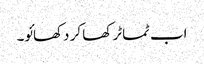
اب ٹماٹر کھا کر دکھائو۔